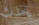
يحدث